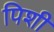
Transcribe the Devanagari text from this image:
पिशी